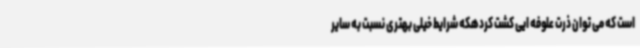
است که می توان ذرت علوفه ایی کشت کردهکه شرایط خیلی بهتری نسبت به سایر